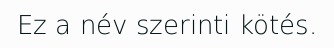
Ez a név szerinti kötés.